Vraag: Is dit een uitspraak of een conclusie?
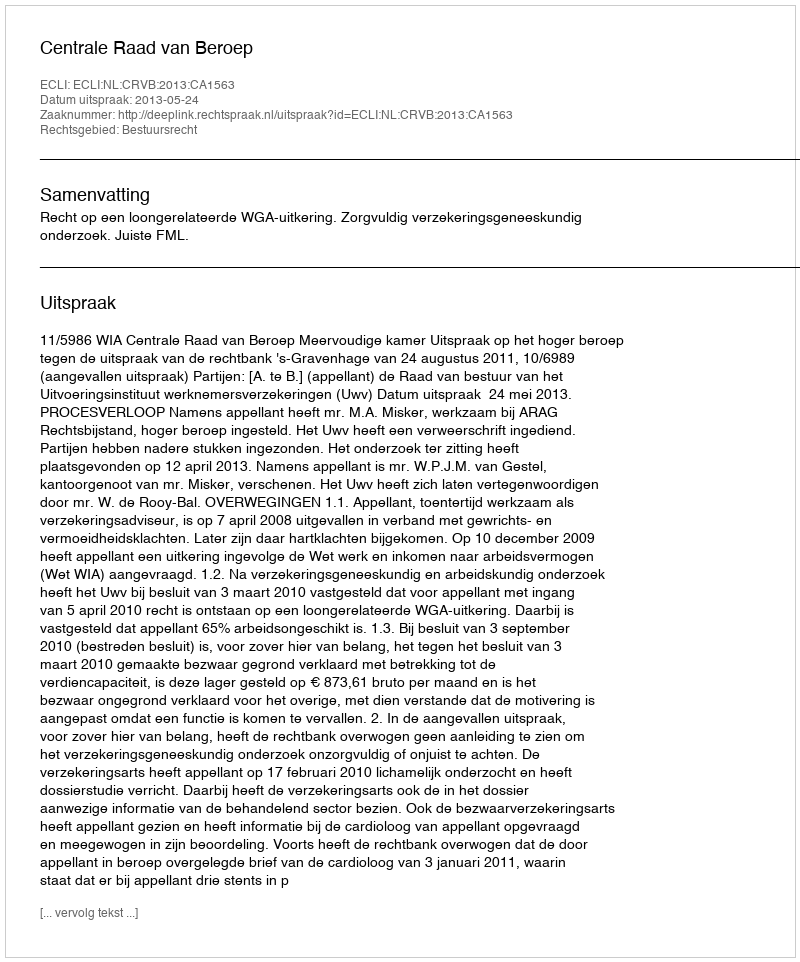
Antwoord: Uitspraak